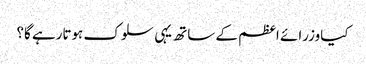
کیاوزرائے اعظم کے ساتھ یہی سلوک ہوتارہے گا؟